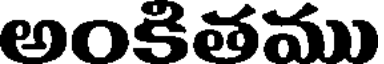
అంకితము